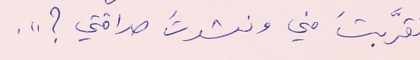
تقرَّبتَ مني ونشدتَ صداقتي ؟ ".